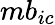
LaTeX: mb_{ic}